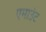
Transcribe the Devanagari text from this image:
एमाउंट